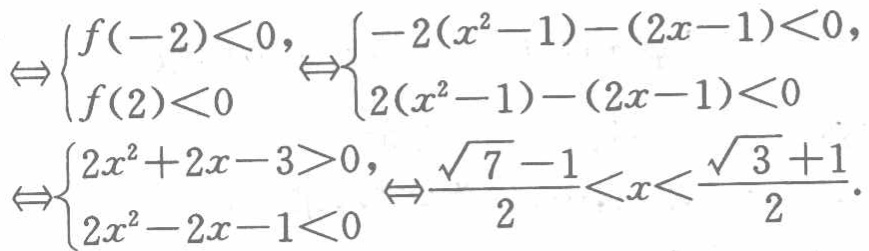
\[\Leftrightarrow\begin{cases}f(-2)<0,\\f(2)<0\end{cases}\Leftrightarrow\begin{cases}-2(x^{2}-1)-(2x - 1)<0,\\2(x^{2}-1)-(2x - 1)<0\end{cases}\Leftrightarrow\begin{cases}2x^{2}+2x - 3>0,\\2x^{2}-2x - 1<0\end{cases}\Leftrightarrow\frac{\sqrt{7}-1}{2}<x<\frac{\sqrt{3}+1}{2}.\]